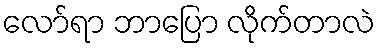
လော်ရာ ဘာပြော လိုက်တာလဲ